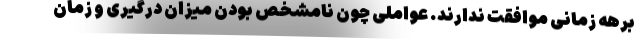
برهه زمانی موافقت ندارند. عواملی چون نامشخص بودن میزان درگیری و زمان